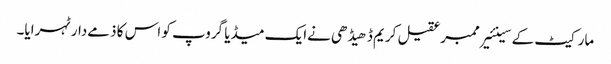
مارکیٹ کے سینئیرممبرعقیل کریم ڈھیڈھی نےایک میڈیا گروپ کو اس کا ذمےدارٹہرایا۔